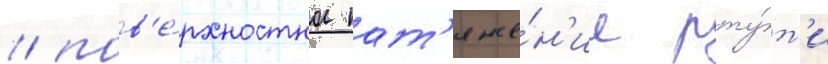
/ пов'е́рхностное нат'яже́н'ие рту́т'и